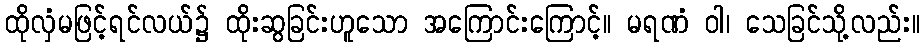
ထိုလှံမဖြင့်ရင်လယ်၌ ထိုးဆွခြင်းဟူသော အကြောင်းကြောင့်။ မရဏံ ဝါ၊ သေခြင်သို့လည်း။